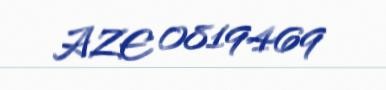
AZE 0819469